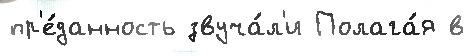
пр'е́данность звуча́л'и Полага́я в